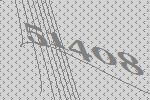
51408